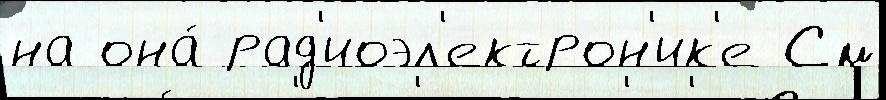
на она́ рад'иоэл'ектрон'ик'е См